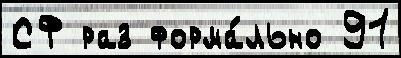
СФ раз форма́льно 91